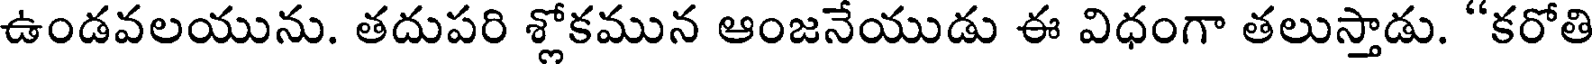
ఉండవలయును. తదుపరి శ్లోకమున ఆంజనేయుడు ఈ విధంగా తలుస్తాడు. "కరోతి